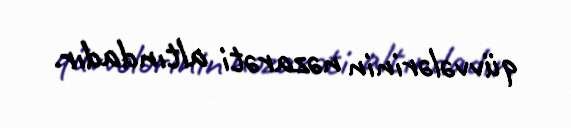
qüvvələrinin nəzarəti altındadır.